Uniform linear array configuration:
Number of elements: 4
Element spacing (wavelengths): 1
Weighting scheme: exponential
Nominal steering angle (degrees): -30
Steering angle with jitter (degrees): -31.562
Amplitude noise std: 0.05
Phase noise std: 0.05

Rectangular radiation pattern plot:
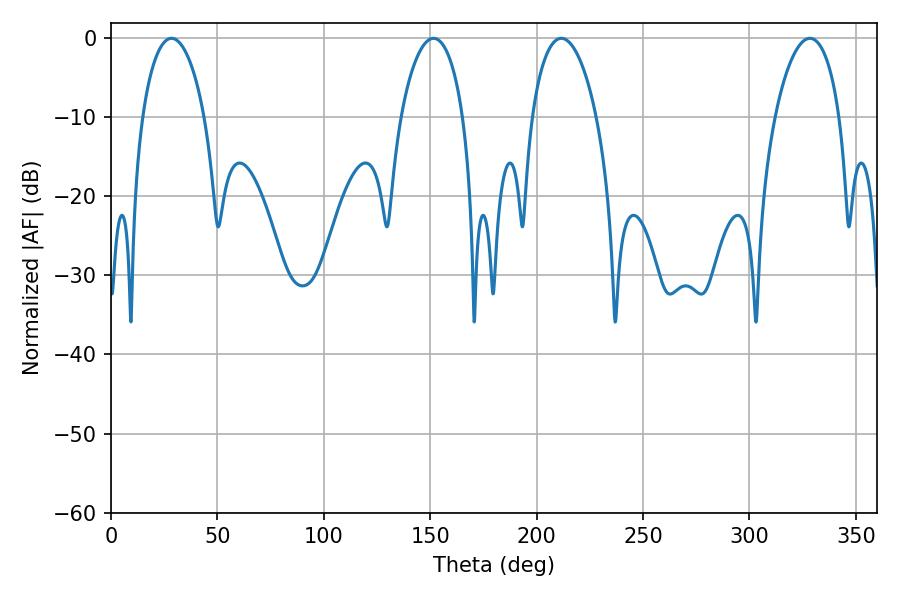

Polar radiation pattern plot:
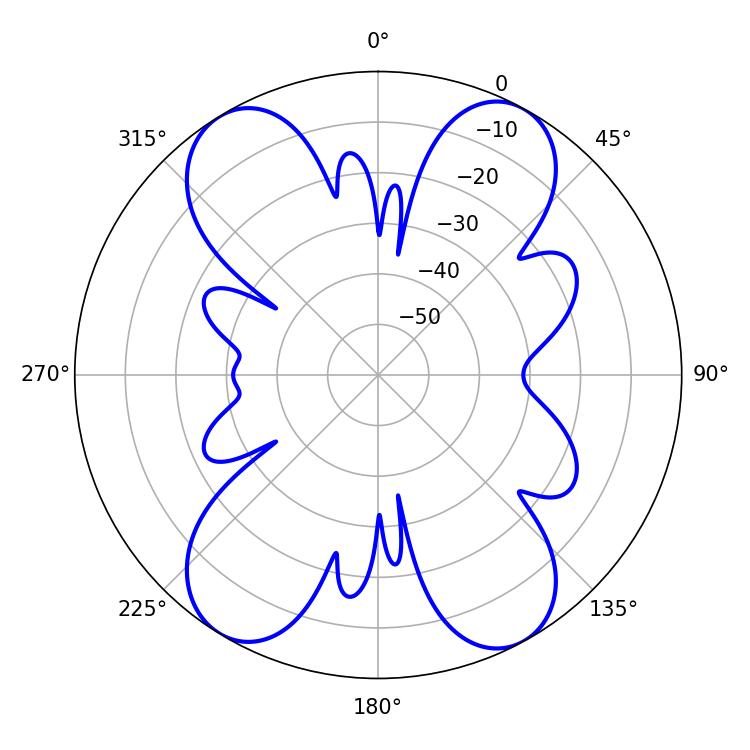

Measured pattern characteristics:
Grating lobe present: TRUE
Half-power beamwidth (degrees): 16.74
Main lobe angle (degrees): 28.44